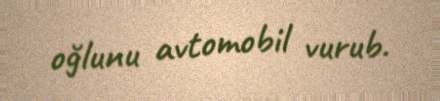
oğlunu avtomobil vurub.